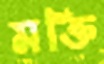
মক্তি